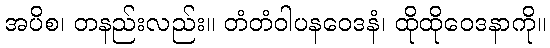
အပိစ၊ တနည်းလည်း။ တံတံဝါပနဝေဒနံ၊ ထိုထိုဝေဒနာကို။